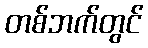
တစ်ဘက်တွင်